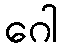
ဂေါ